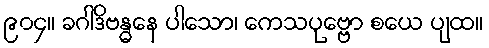
၉၀၄။ ခဂါဒိဗန္ဓနေ ပါသော၊ ကေသပုဗ္ဗော စယေ ပျထ။